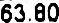
63.80